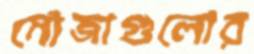
মৌজাগুলোর